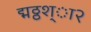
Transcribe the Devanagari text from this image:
द्मठ्ठश्ा२